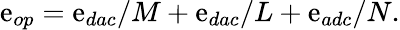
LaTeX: \mathrm{e}_{op}=\mathrm{e}_{dac}/M+\mathrm{e}_{dac}/L+\mathrm{e}_{adc}/N.